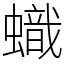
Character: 蟙